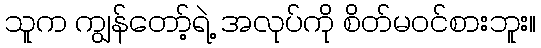
သူက ကျွန်တော့်ရဲ့ အလုပ်ကို စိတ်မဝင်စားဘူး။